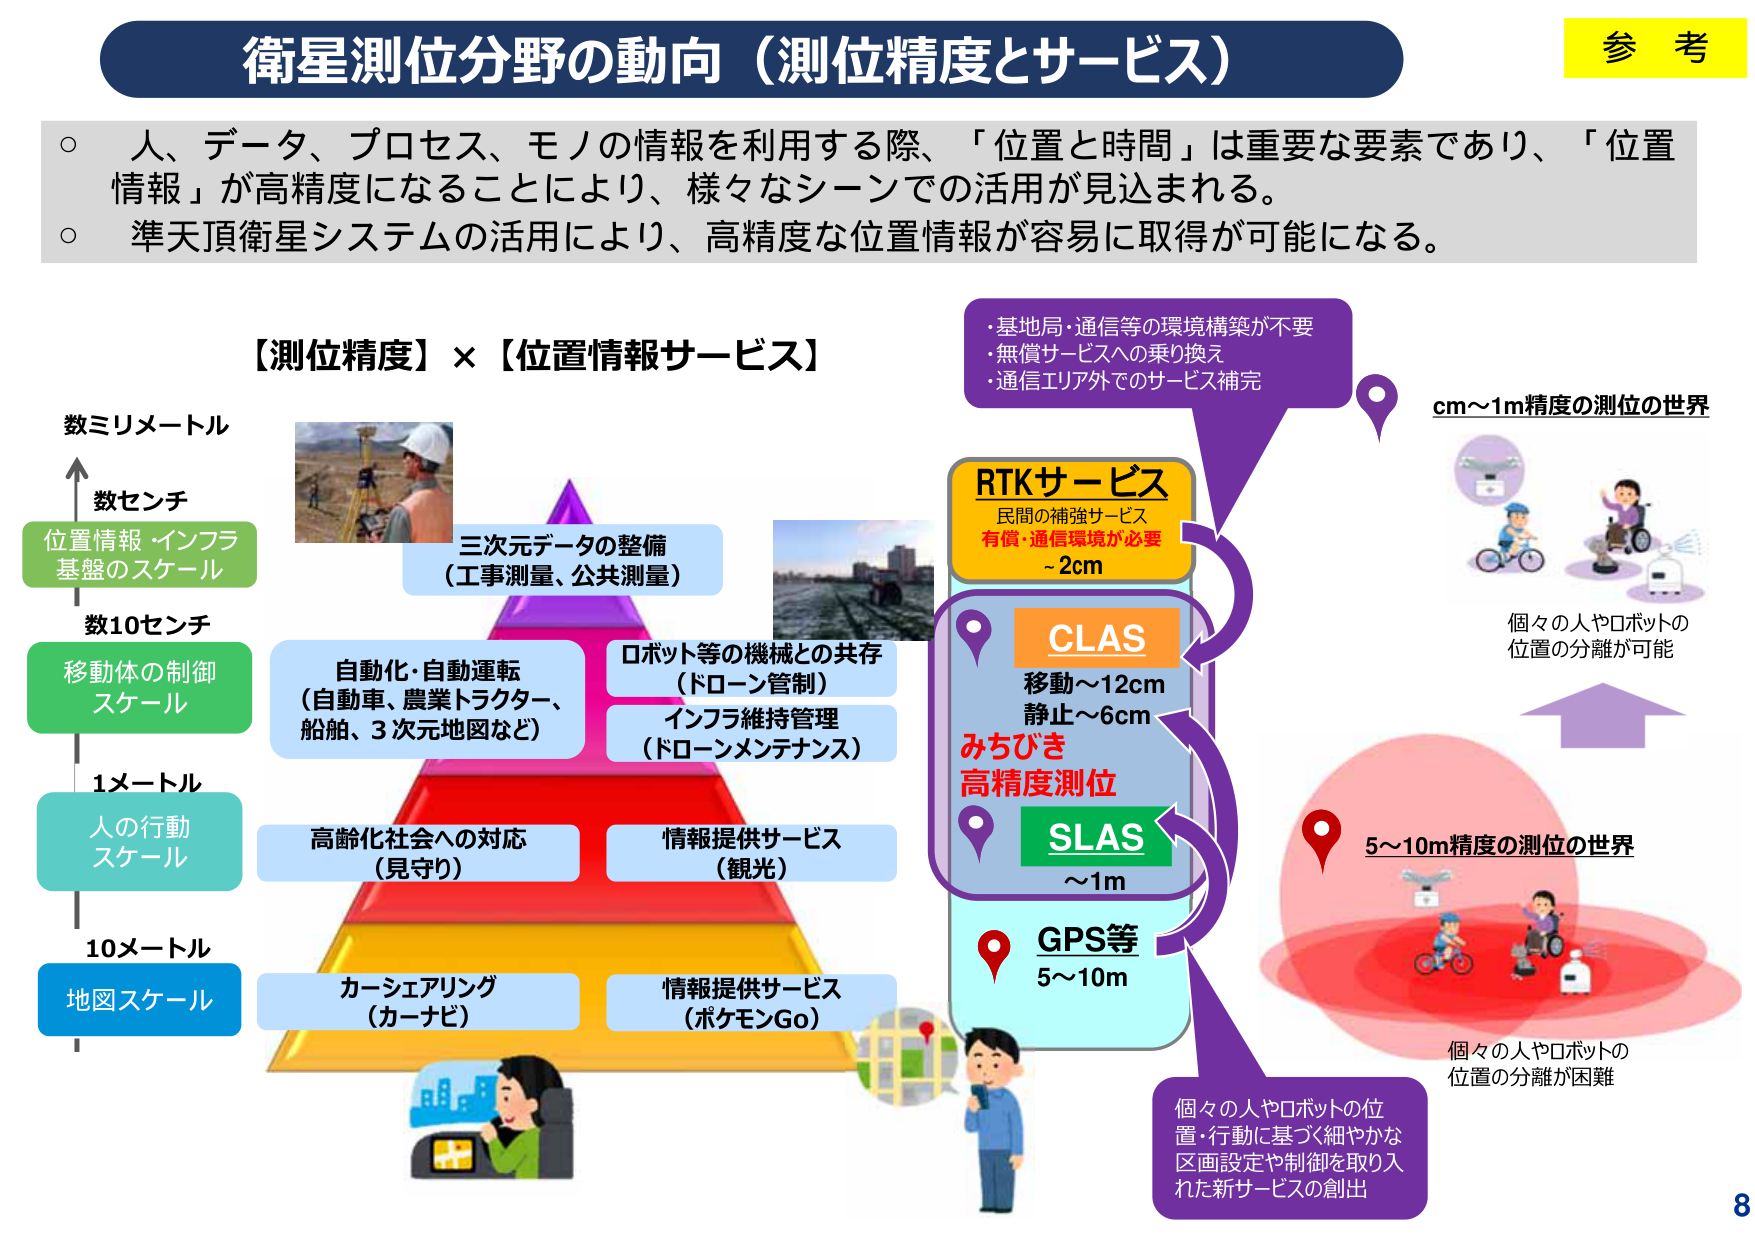
衛星測位分野の動向（測位精度とサービス）

参考

○ 人、データ、プロセス、モノの情報を利用する際、「位置と時間」は重要な要素であり、「位置情報」が高精度になることにより、様々なシーンでの活用が見込まれる。
○ 準天頂衛星システムの活用により、高精度な位置情報が容易に取得が可能になる。

【測位精度】×【位置情報サービス】

数ミリメートル
数センチ
位置情報・インフラ
基盤のスケール
数10センチ
移動体の制御
スケール
1メートル
人の行動
スケール
10メートル
地図スケール

三次元データの整備
（工事測量、公共測量）

自動化・自動運転
（自動車、農業トラクター、
船舶、3次元地図など）

ロボット等の機械との共存
（ドローン管制）
インフラ維持管理
（ドローンメンテナンス）

高齢化社会への対応
（見守り）

情報提供サービス
（観光）

カーシェアリング
（カーナビ）

情報提供サービス
（ポケモンGo）

RTKサービス
民間の補強サービス
有償・通信環境が必要
～2cm

・基地局・通信等の環境構築が不要
・無償サービスへの乗り換え
・通信エリア外でのサービス補完

CLAS
移動～12cm
静止～6cm

みちびき
高精度測位

SLAS
～1m

GPS等
5～10m

cm～1m精度の測位の世界
個々の人やロボットの
位置の分離が可能

5～10m精度の測位の世界
個々の人やロボットの
位置の分離が困難

個々の人やロボットの位
置・行動に基づく細やかな
区画設定や制御を取り入
れた新サービスの創出

8